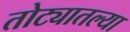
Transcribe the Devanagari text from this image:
तोट्यातल्या